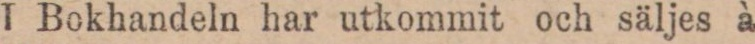
I Bokhandeln har utkommit och säljes à